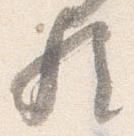
歟